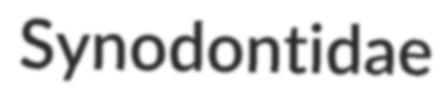
Synodontidae